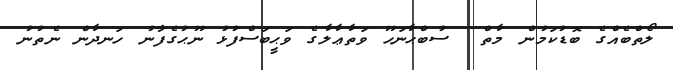
ލޯތްބެއްގެ ބޮޑުކަމުން މާތް  ސުބްޙާނަހޫ ވަތާޢާލާގެ ވަޙީބަސްފުޅު ނޫޙުގެފާނު ހަނދާން ނެތުނު